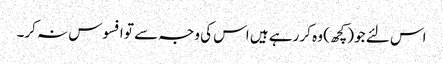
اس لئے جو (کچھ) وہ کر رہے ہیں اس کی وجہ سے تو افسوس نہ کر۔